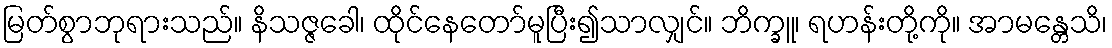
မြတ်စွာဘုရားသည်။ နိသဇ္ဇခေါ၊ ထိုင်နေတော်မူပြီး၍သာလျှင်။ ဘိက္ခူ၊ ရဟန်းတို့ကို။ အာမန္တေသိ၊